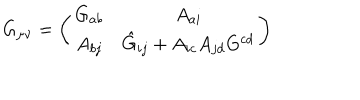
G _ { \mu \nu } = \left( \begin{array} { c c } { { G _ { a b } } } & { { A _ { a i } } } \\ { { A _ { b j } } } & { { \hat { G } _ { i j } + A _ { i c } A _ { j d } G ^ { c d } } } \\ \end{array} \right)